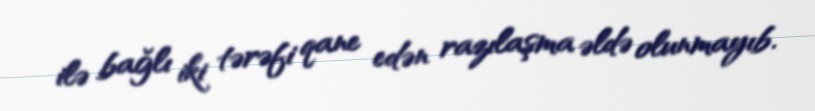
ilə bağlı iki tərəfi qane edən razılaşma əldə olunmayıb.